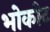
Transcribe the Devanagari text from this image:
भोकोट